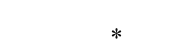
*